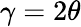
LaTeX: \gamma=2\theta